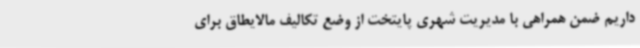
داریم ضمن همراهی با مدیریت شهری پایتخت از وضع تکالیف مالایطاق برای